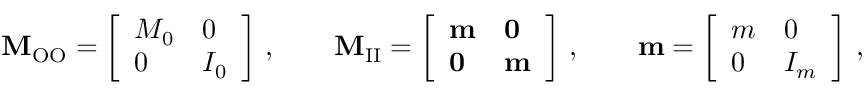
\mathbf { M } _ { \mathrm { O O } } = \left[ \begin{array} { l l } { M _ { 0 } } & { 0 } \\ { 0 } & { I _ { 0 } } \end{array} \right] \, , \qquad \mathbf { M } _ { \mathrm { I I } } = \left[ \begin{array} { l l } { \mathbf { m } } & { \mathbf { 0 } } \\ { \mathbf { 0 } } & { \mathbf { m } } \end{array} \right] \, , \qquad \mathbf { m } = \left[ \begin{array} { l l } { m } & { 0 } \\ { 0 } & { I _ { m } } \end{array} \right] \, ,